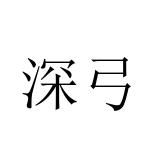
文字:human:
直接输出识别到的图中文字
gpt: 深弓